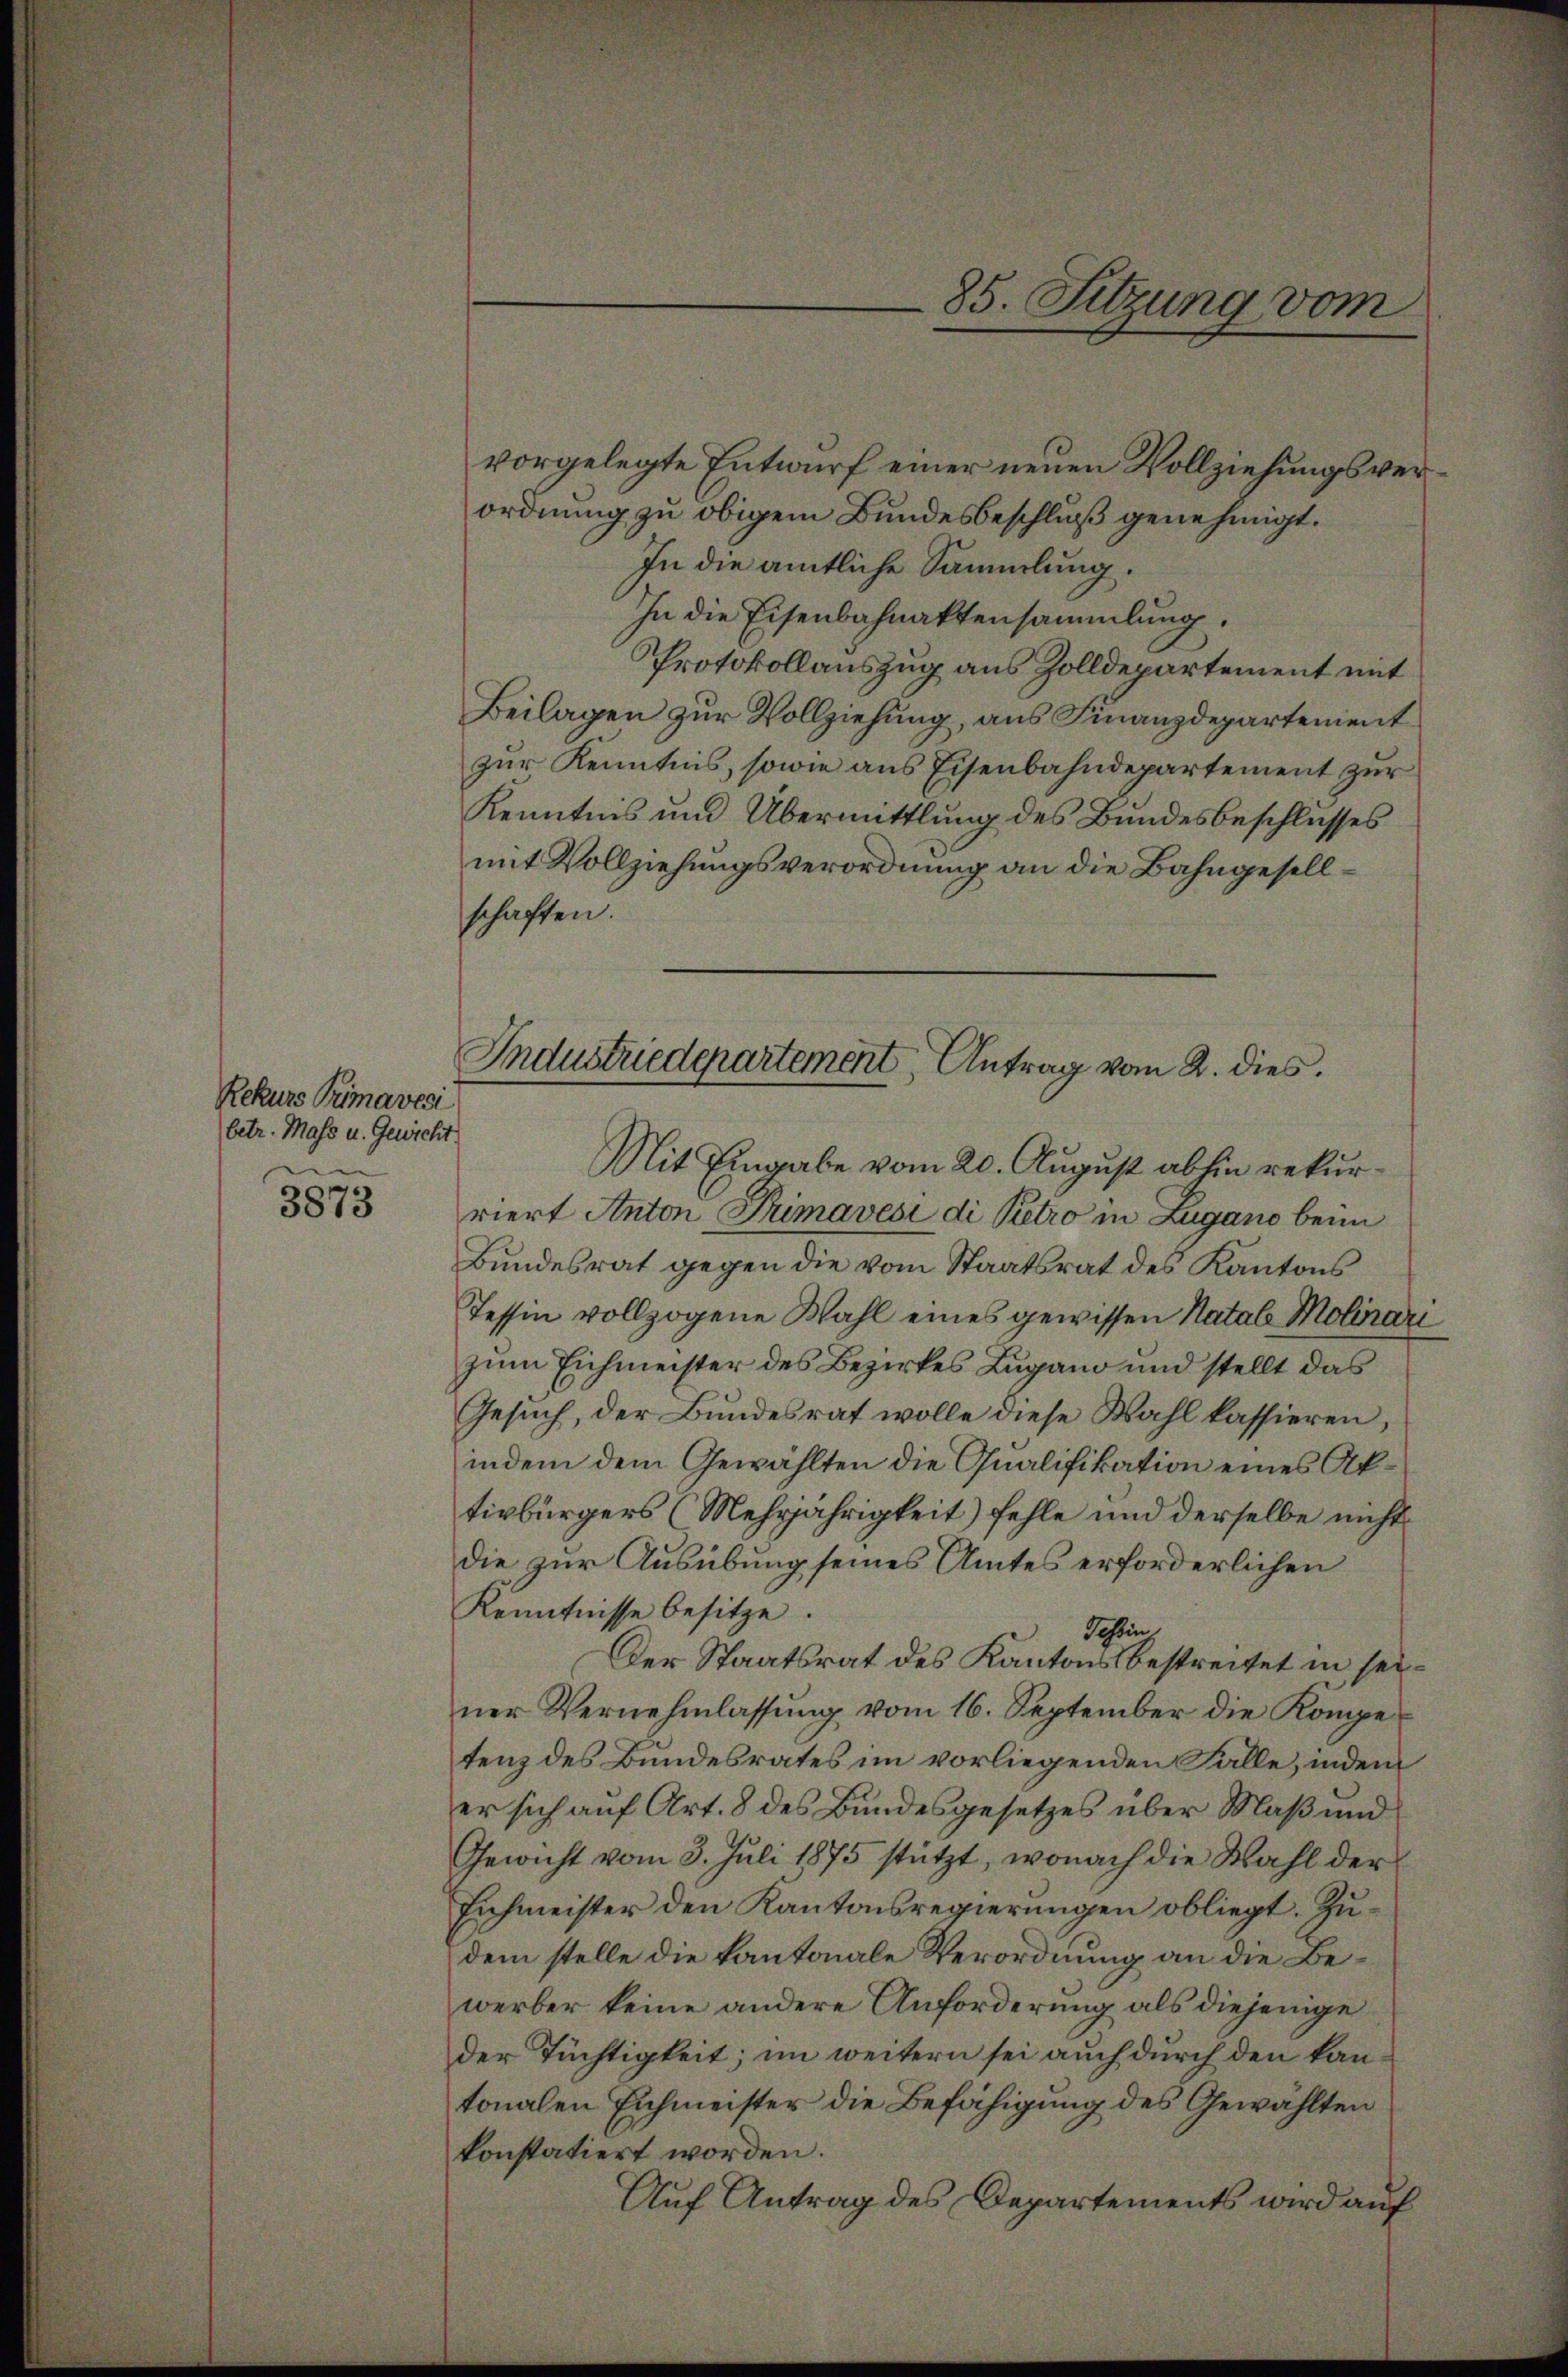
Rekurs Primaveci
betr. Mass u. Gewicht
3873

vorgelegte Entwurf einer neuen Vollziehungsverordnung zu obigem Bundesbeschluß genehmigt.
In die amtliche Sammlung.
In die Eisenbahnaktensammlung.
Protokollauszug aus Zolldepartement mit
Beilagen zur Vollziehung, aus Finanzdepartement
zur Kenntnis, sowie aus Eisenbahndepartement zur
Kenntnis und Übermittlung des Bundesbeschlusses
mit Vollziehungsverordnung an die Bahngesellschaften.

85. Sitzung vom

Industriedepartement Antrag vom 2. dies

Mit Eingabe vom 20. August abhin rekurriert Anton Primavesi di Petro in Zugano beim
Bundesrat gegen die vom Staatsrat des Kantons
Tessin vollzogene Wahl eines gewissen Natal Molinari
zum Eichmeister des Bezirkes Lugano und stellt das
Gesuch, der Bundesrat wolle diese Wahl kassieren,
indem dem Gewählten die Qualifikation eines Aktivbürgers (Mehrjährigkeit) fehle und derselbe nicht
die zur Ausübung seines Amtes erforderlichen
Kenntnisse besitze.
Tessin
Der Staatsrat des Kantons bestreitet in seiner Vernehmlassung vom 16. September die Kompetenz des Bundesrates im vorliegenden Falle, indem
er sich auf Art. 8 des Bundesgesetzes über Maß und
Gewicht vom 3. Juli 1875 stützt, wonach die Wahl der
Eichmeister den Kantonsregierungen obliegt. Zudem stelle die kantonale Verordnung an die Bewerber keine andere Anforderung als diejenige
der Tüchtigkeit; im weitern sei auch durch den kantonalen Eichmeister die Befähigung des Gewählten
konstatiert worden.
Auf Antrag des Departements wird auf